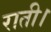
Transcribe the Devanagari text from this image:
राती।